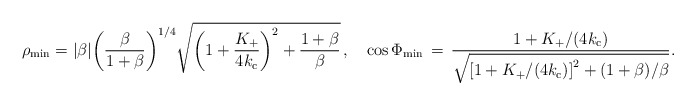
\begin{align*}\rho _{\rm min}=\vert \beta \vert \biggl(\frac{\beta }{1+\beta }\biggr)^{1/4}\sqrt{\biggl(1+\frac{K_+}{4k_{\rm c}}\biggr)^2+\frac{1+\beta }{\beta }}\, , \quad \cos\Phi_{\rm min}\,=\,\frac{1+K_+/(4k_{\rm c})}{\sqrt{\left[1+K_+/(4k_{\rm c})\right]^2 +(1+\beta )/\beta}}.\end{align*}